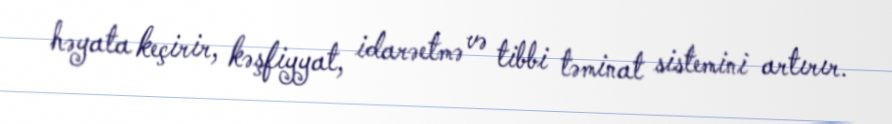
həyata keçirir, kəşfiyyat, idarəetmə və tibbi təminat sistemini artırır.